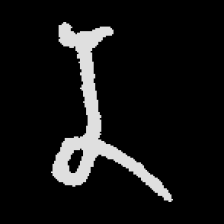
Pyu character \u2014 Myanmar letter: န (romanized: na)